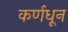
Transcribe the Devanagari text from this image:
कर्णधून